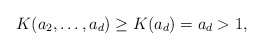
\begin{align*}K(a_2,\ldots,a_d)\geq K(a_d)=a_d>1, \end{align*}